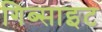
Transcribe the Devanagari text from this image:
गिब्साइट